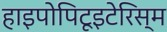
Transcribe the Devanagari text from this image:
हाइपोपिटूइटेरिस्म